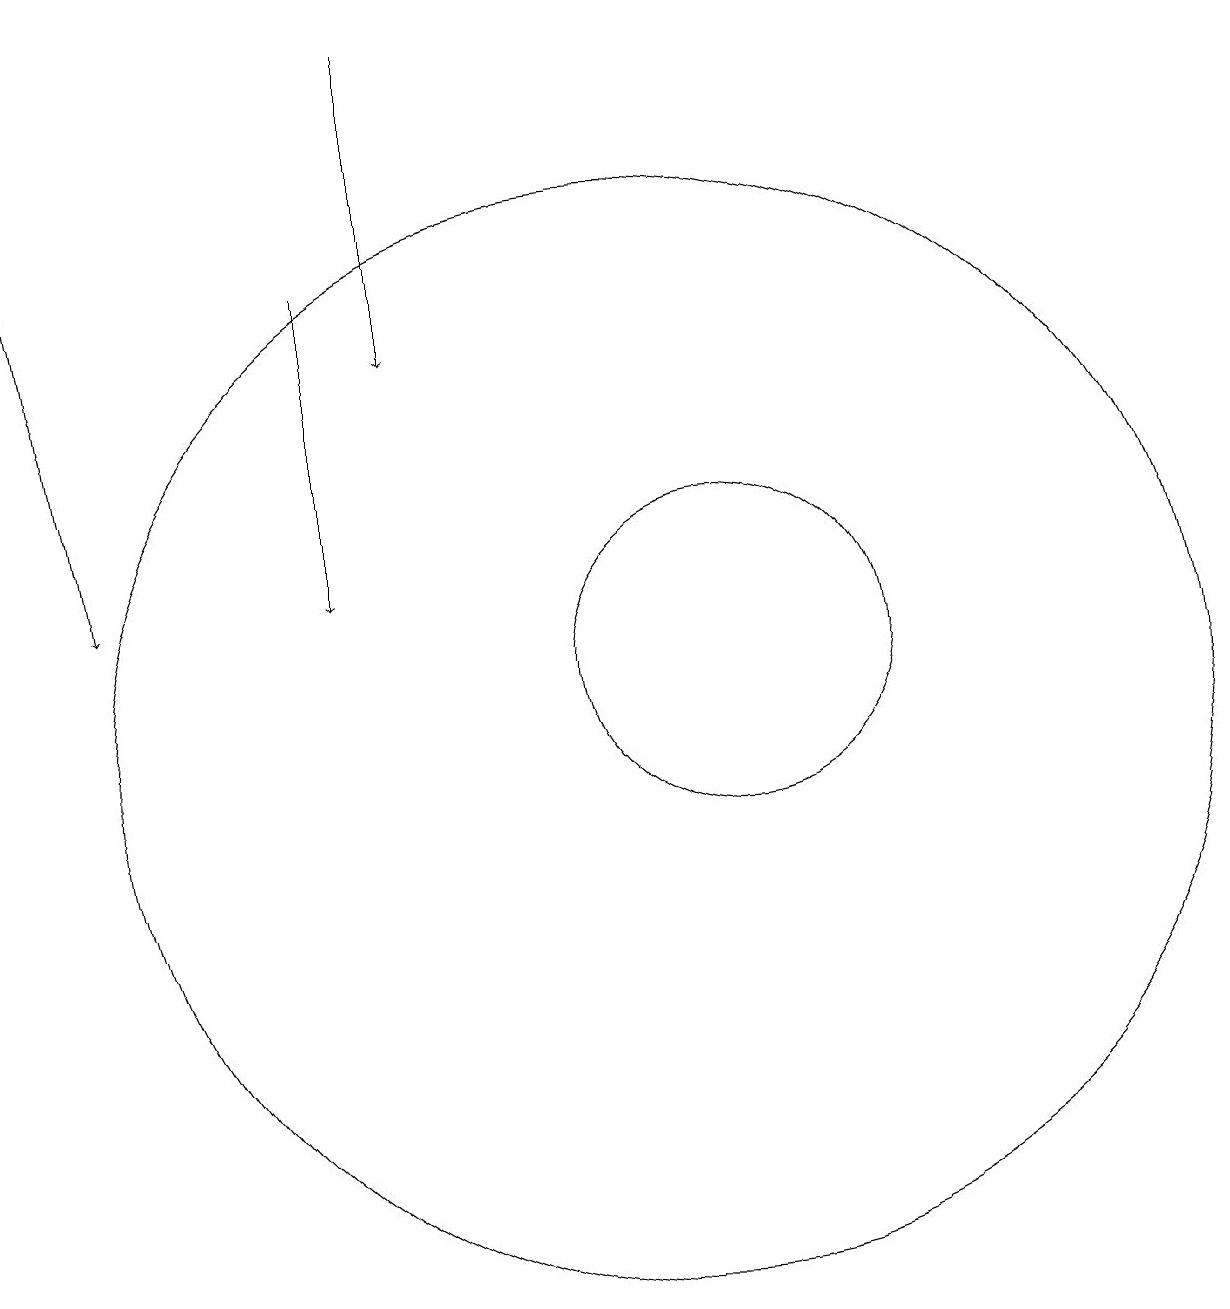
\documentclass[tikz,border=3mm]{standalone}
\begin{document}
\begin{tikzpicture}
\draw[->] (8,19) -- (8,15);
\draw (12,11) circle (2);
\draw[->] (3,18) -- (4,12);
\draw (11,10) circle (7);
\draw[->] (7,16) -- (7,12);
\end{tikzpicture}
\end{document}